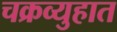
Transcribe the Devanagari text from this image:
चक्रव्युहात